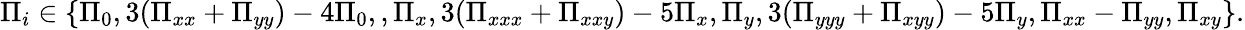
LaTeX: \Pi_{i}\in\{ \Pi_{0},3(\Pi_{xx}+\Pi_{yy})-4\Pi_{0},,\Pi_{x},3(\Pi_{xxx}+\Pi_{xxy})-5\Pi_{x},\Pi_{y},3(\Pi_{yyy}+\Pi_{xyy})-5\Pi_{y},\Pi_{xx}-\Pi_{yy},\Pi_{xy}\} .